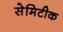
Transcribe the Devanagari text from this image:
सेमिटीक